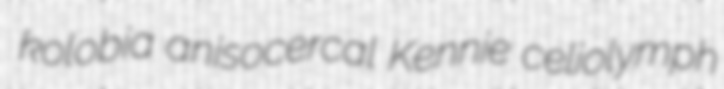
kolobia anisocercal Kennie celiolymph